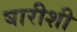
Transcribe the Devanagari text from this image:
घारीशी